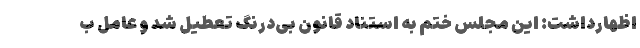
اظهارداشت: این مجلس ختم به استناد قانون بی‌درنگ تعطیل شد و عامل ب